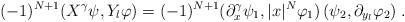
LaTeX: \begin{align*}(-1)^{N+1}(X^\gamma\psi, Y_l\varphi)=(-1)^{N+1}(\partial_x^\gamma\psi_1,|x|^N\varphi_1)\,(\psi_2,\partial_{y_l}\varphi_2)\;.\end{align*}